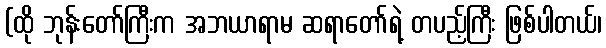
(ထို ဘုန်းတော်ကြီးက အဘယာရာမ ဆရာတော်ရဲ့ တပည့်ကြီး ဖြစ်ပါတယ်၊